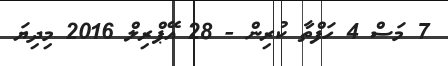
7 މަސް 4 ހަފްތާ ކުރިން - 28 އޭޕްރިލް 2016 މިދިޔަ